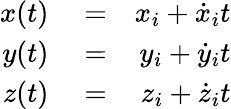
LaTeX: \begin{array}{rlr}{x(t)}&{{}=}&{x_{i}+\dot{x}_{i}t}\\ {y(t)}&{{}=}&{y_{i}+\dot{y}_{i}t}\\ {z(t)}&{{}=}&{z_{i}+\dot{z}_{i}t}\end{array}